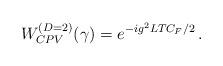
LaTeX: \begin{align*}W_{CPV}^{(D=2)}(\gamma)= e^{-ig^2 LT C_F/2}\, .\end{align*}